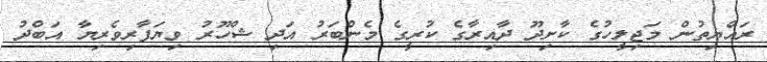
ރައްޔިތުން މަޖިލީހުގެ ކާށިދޫ ދާއިރާގެ ކުރީގެ މެންބަރު އަދި ޝްހޫރު ވިޔަފާރިވެރިޔާ އަބްދު